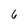
Character: 6